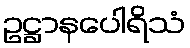
ဥဋ္ဌာနပေါရိသံ